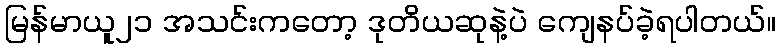
မြန်မာယူ၂၁ အသင်းကတော့ ဒုတိယဆုနဲ့ပဲ ကျေနပ်ခဲ့ရပါတယ်။